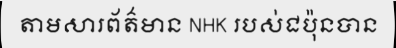
តាមសារព័ត៌មាន NHK របស់ជប៉ុនបាន